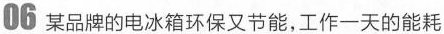
06 某品牌的电冰箱环保又节能，工作一天的能耗